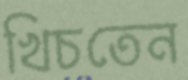
খিচতেন